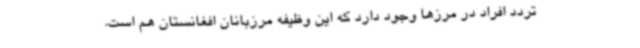
تردد افراد در مرزها وجود دارد که این وظیفه مرزبانان افغانستان هم است.